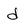
Character: d